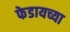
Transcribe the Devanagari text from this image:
फेडायच्या